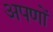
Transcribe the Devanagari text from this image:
अपणों